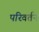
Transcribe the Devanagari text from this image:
परिवर्तन